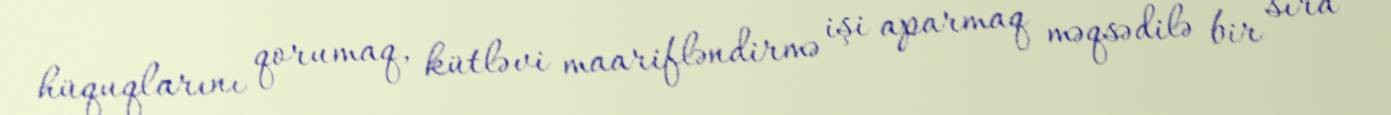
hüquqlarını qorumaq, kütləvi maarifləndirmə işi aparmaq məqsədilə bir sıra